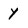
Character: Y